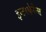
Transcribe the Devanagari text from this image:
इन्टरफेरेन्स